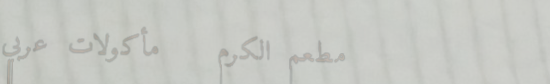
مطعم الكرم   مأكولات عربي